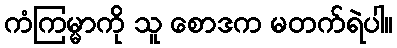
ကံကြမ္မာကို သူ စောဒက မတက်ရဲပါ။